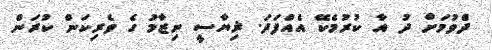
ދެެްވުމަށް ދު އާ ކުރުމެކޭ އެއްފަދަ. ޜިޔާސީ ނިޒާމު ގެ ވެރިކަން ކުރަން